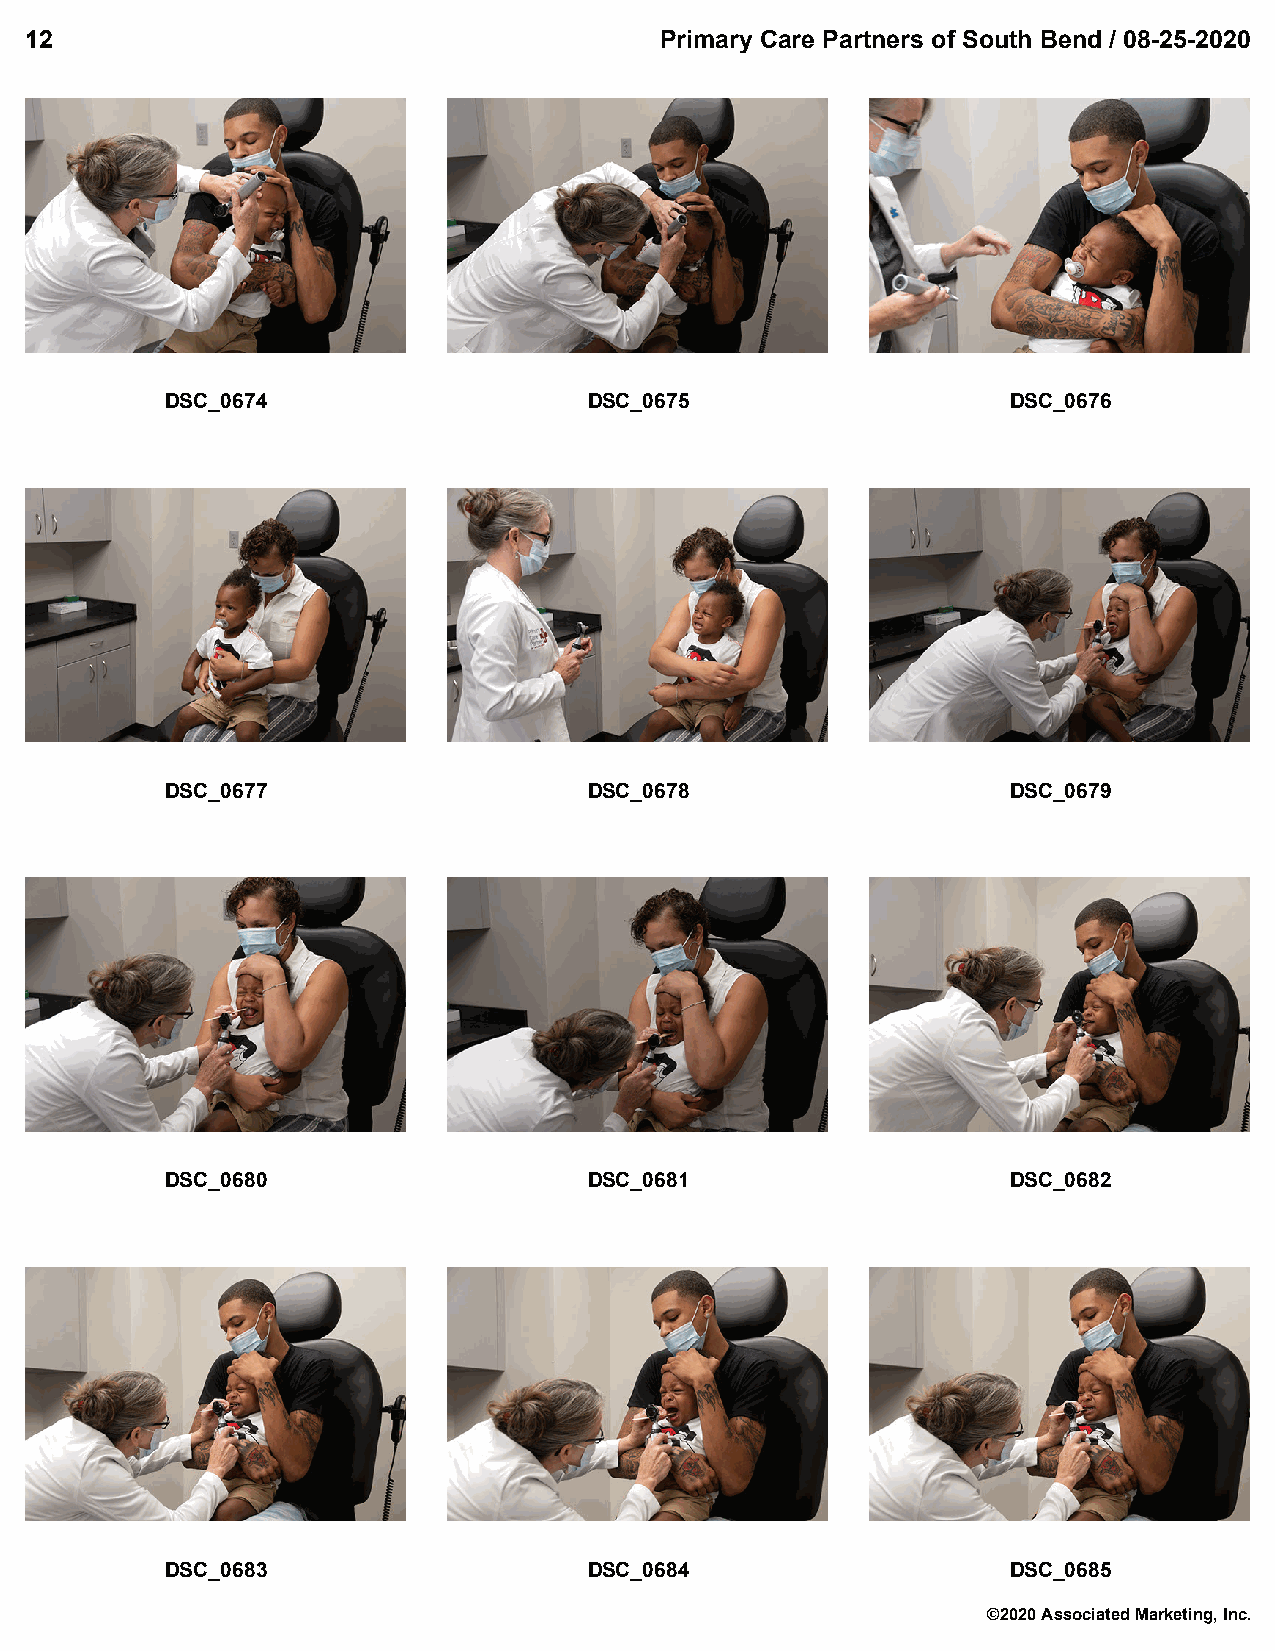
12                                        Primary Care Partners of South Bend / 08-25-2020
 DSC_0674                    DSC_0675                    DSC_0676
 DSC_0677                    DSC_0678                    DSC_0679
 DSC_0680                    DSC_0681                    DSC_0682
 DSC_0683                    DSC_0684                    DSC_0685
 ©2020 Associated Marketing, Inc.